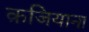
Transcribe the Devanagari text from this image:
क़जियाना